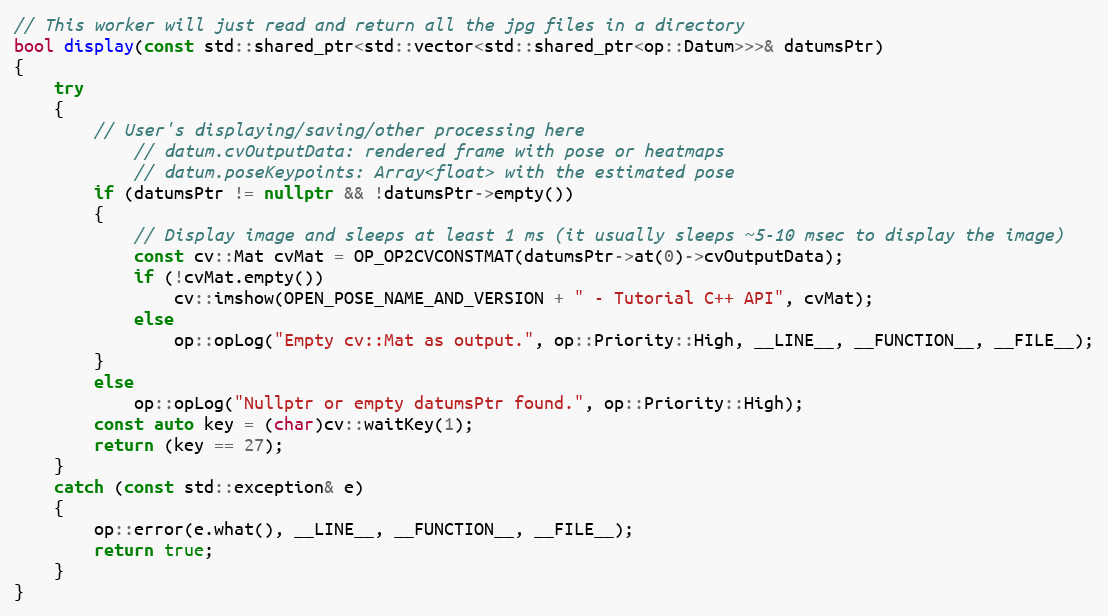
Language: C++
// This worker will just read and return all the jpg files in a directory
bool display(const std::shared_ptr<std::vector<std::shared_ptr<op::Datum>>>& datumsPtr)
{
    try
    {
        // User's displaying/saving/other processing here
            // datum.cvOutputData: rendered frame with pose or heatmaps
            // datum.poseKeypoints: Array<float> with the estimated pose
        if (datumsPtr != nullptr && !datumsPtr->empty())
        {
            // Display image and sleeps at least 1 ms (it usually sleeps ~5-10 msec to display the image)
            const cv::Mat cvMat = OP_OP2CVCONSTMAT(datumsPtr->at(0)->cvOutputData);
            if (!cvMat.empty())
                cv::imshow(OPEN_POSE_NAME_AND_VERSION + " - Tutorial C++ API", cvMat);
            else
                op::opLog("Empty cv::Mat as output.", op::Priority::High, __LINE__, __FUNCTION__, __FILE__);
        }
        else
            op::opLog("Nullptr or empty datumsPtr found.", op::Priority::High);
        const auto key = (char)cv::waitKey(1);
        return (key == 27);
    }
    catch (const std::exception& e)
    {
        op::error(e.what(), __LINE__, __FUNCTION__, __FILE__);
        return true;
    }
}